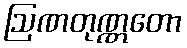
ဩဏတုဏ္ဏတော